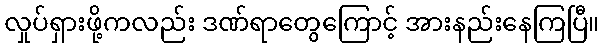
လှုပ်ရှားဖို့ကလည်း ဒဏ်ရာတွေကြောင့် အားနည်းနေကြပြီ။